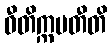
ဝီတိက္ကမတီတိ